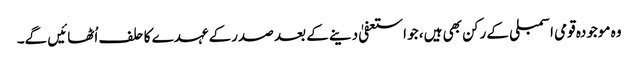
وہ موجودہ قومی اسمبلی کے رکن بھی ہیں، جو استعفیٰ دینے کے بعد صدرکے عہدے کا حلف اُٹھائیں گے۔